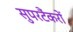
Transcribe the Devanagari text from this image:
सुपरटैंकरों